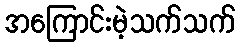
အကြောင်းမဲ့သက်သက်